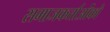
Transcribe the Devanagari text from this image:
समाजकर्ताओंको